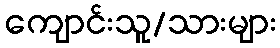
ကျောင်းသူ/သားများ